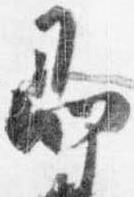
即